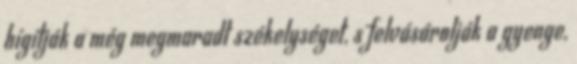
hígítják a még megmaradt székelységet, s felvásárolják a gyenge,